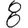
Digit: 8